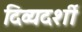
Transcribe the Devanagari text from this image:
दिव्‍यदर्शी